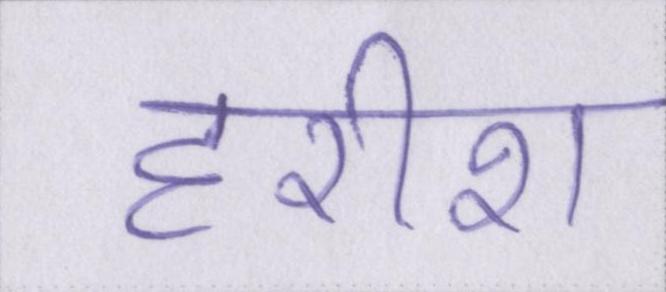
हरीश